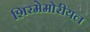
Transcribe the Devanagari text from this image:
शिरमेमोरीयल